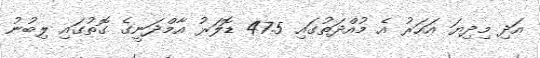
އަދި މިދިޔަ އަހަރު އެ މުއްދަތުގައި 47.5 ޑޮލަރު އާމްދަނީގެ ގޮތުގައި ލިބުނު